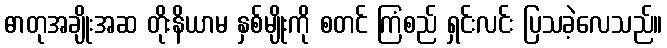
ဓာတုအချိုးအဆ တိုးနိယာမ နှစ်မျိုးကို စတင် ကြံစည် ရှင်းလင်း ပြသခဲ့လေသည်။